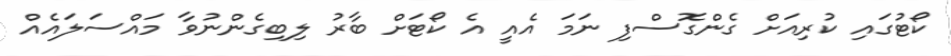
ކޯޓުގައި ކުރިއަށް ގެންގޮސްފި ނަމަ އެއީ އެ ކޯޓަށް ބާރު ލިބިގެންނުވާ މައްސަލައެއް